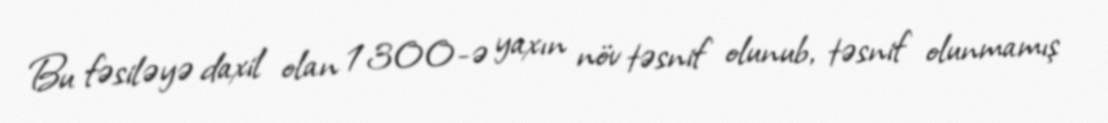
Bu fəsiləyə daxil olan 1300-ə yaxın növ təsnif olunub, təsnif olunmamış